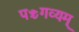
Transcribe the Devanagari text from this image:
पञ्चगव्यम्